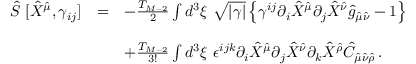
\begin{array} { r c l } { { \hat { S } \ [ \hat { X } ^ { \hat { \mu } } , \gamma _ { i j } ] } } & { { = } } & { { - \frac { T _ { M - 2 } } { 2 } \int d ^ { 3 } \xi \ \sqrt { | \gamma | } \left\{ \gamma ^ { i j } \partial _ { i } \hat { X } ^ { \hat { \mu } } \partial _ { j } \hat { X } ^ { \hat { \nu } } \hat { g } _ { \hat { \mu } \hat { \nu } } - 1 \right\} } } \\ { { } } & { { } } & { { } } \\ { { } } & { { } } & { { + \frac { T _ { M - 2 } } { 3 ! } \int d ^ { 3 } \xi \ \epsilon ^ { i j k } \partial _ { i } \hat { X } ^ { \hat { \mu } } \partial _ { j } \hat { X } ^ { \hat { \nu } } \partial _ { k } \hat { X } ^ { \hat { \rho } } \hat { C } _ { \hat { \mu } \hat { \nu } \hat { \rho } } \, . } } \end{array}